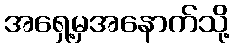
အရှေ့မှအနောက်သို့